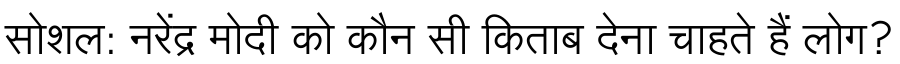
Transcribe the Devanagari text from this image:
सोशल: नरेंद्र मोदी को कौन सी किताब देना चाहते हैं लोग?